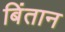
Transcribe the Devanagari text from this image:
बिंतान